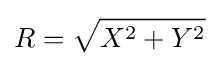
R={\sqrt {X^{2}+Y^{2}}}